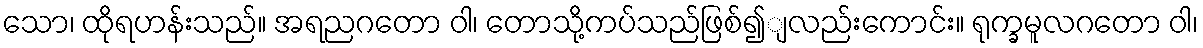
သော၊ ထိုရဟန်းသည်။ အရညဂတော ဝါ၊ တောသို့ကပ်သည်ဖြစ်၍ျလည်းကောင်း။ ရုက္ခမူလဂတော ဝါ၊